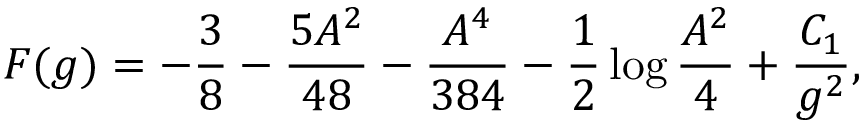
F ( g ) = - \frac { 3 } { 8 } - \frac { 5 A ^ { 2 } } { 4 8 } - \frac { A ^ { 4 } } { 3 8 4 } - \frac { 1 } { 2 } \log \frac { A ^ { 2 } } { 4 } + \frac { C _ { 1 } } { g ^ { 2 } } ,